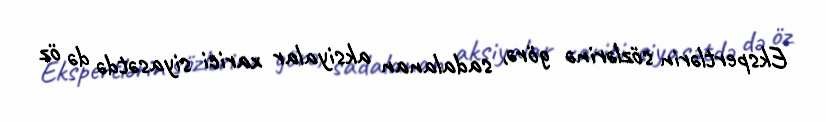
Ekspertlərin sözlərinə görə, sadalanan aksiyalar xarici siyasətdə də öz